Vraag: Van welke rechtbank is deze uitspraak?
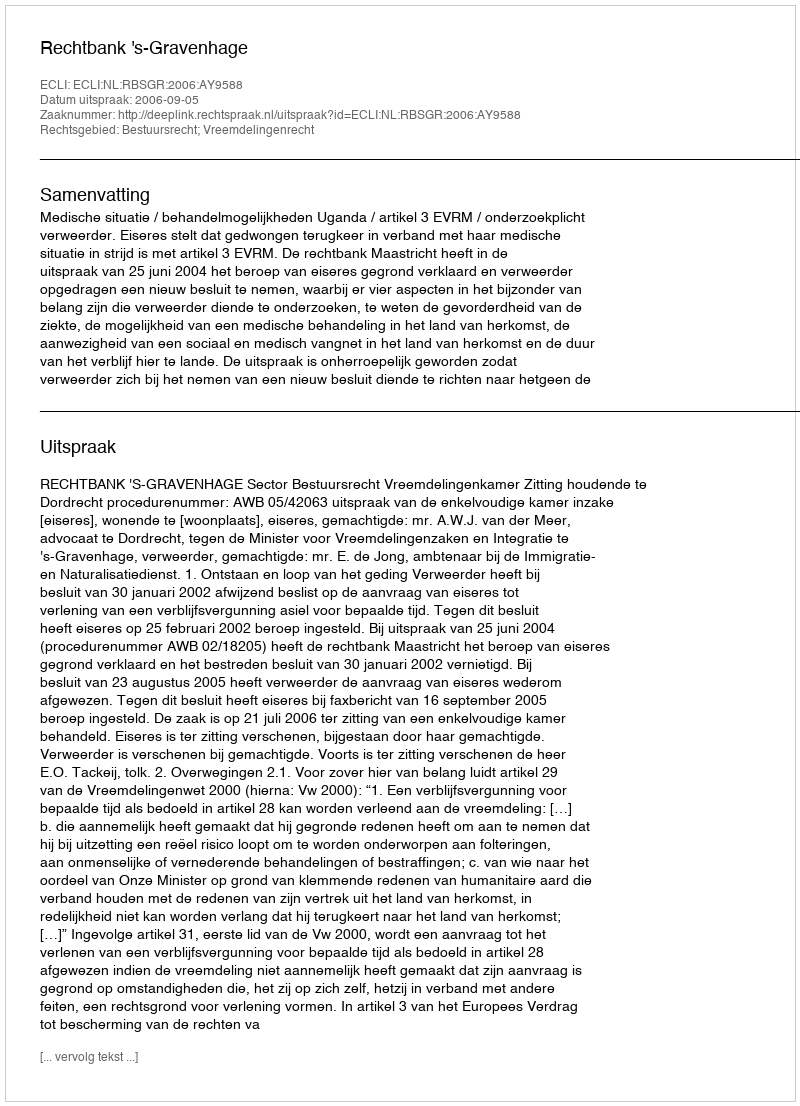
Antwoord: Rechtbank 's-Gravenhage